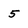
Character: 5